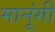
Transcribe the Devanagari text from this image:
मानूंगी